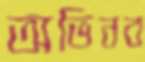
অভিনব